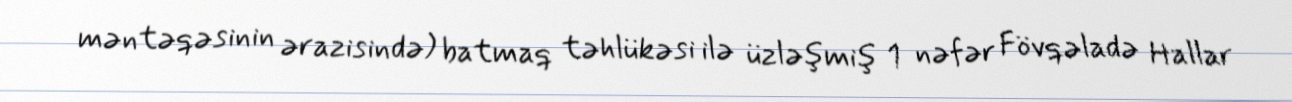
məntəqəsinin ərazisində) batmaq təhlükəsi ilə üzləşmiş 1 nəfər Fövqəladə Hallar